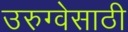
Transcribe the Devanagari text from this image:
उरुग्वेसाठी